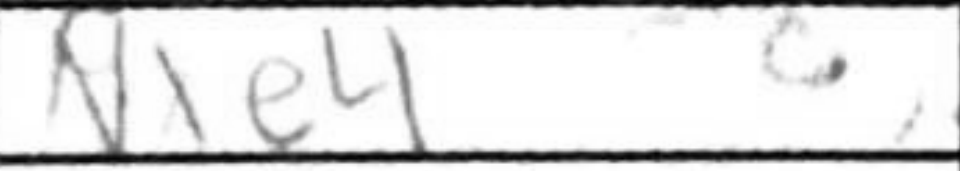
Transcription: Nxe4